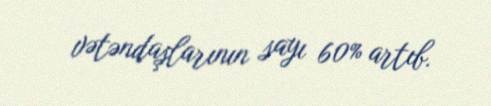
vətəndaşlarının sayı 60% artıb.